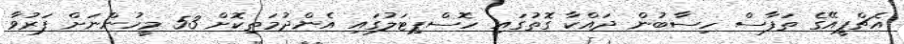
އެޗްޕީއޭގެ ތަފާސް ހިސާބުން ދައްކާ ގޮތުގައި ހޮސްޕިޓަލުގައި އެންދުމަތިކޮށް 53 މީހުންނަށް ފަރުވާ